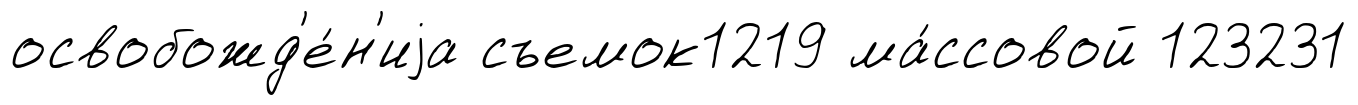
освобожд'е́н'иjа съемок1219 ма́ссовой 123231